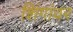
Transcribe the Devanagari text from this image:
शिंगांवर